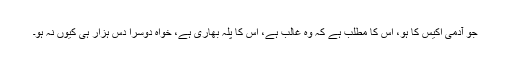
جو آدمی اکیس کا ہو، اس کا مطلب ہے کہ وہ غالب ہے، اس کا پلہ بھاری ہے، خواہ دوسرا دس ہزار ہی کیوں نہ ہو۔